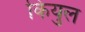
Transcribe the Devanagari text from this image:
कियुल